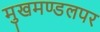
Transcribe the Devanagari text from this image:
मुखमण्डलपर